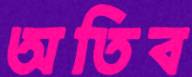
অতিব